Annual administration report of the Civil Veterinary Department of India - 1897-1898
Year: 1897
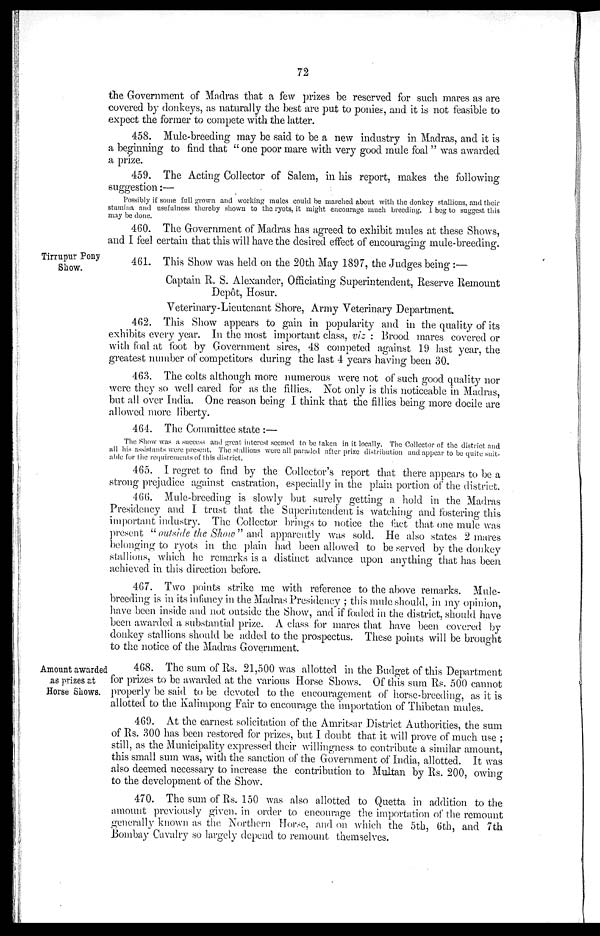
72
the Government of Madras that a few prizes be reserved for such mares as are
covered by donkeys, as naturally the best are put to ponies, and it is not feasible to
expect the former to compete with the latter.
458. Mule-breeding may be said to be a new industry in Madras, and it is
a beginning to find that "one poor mare with very good mule foal" was awarded
a prize.
459. The Acting Collector of Salem, in his report, makes the following
suggestion:—
Possibly if some full grown and working mules could be marched about with the donkey stallions, and their
-stamina and usefulness thereby shown to the ryots, it might encourage much breeding. 1 beg to suggest this
may be done.
460. The Government of Madras has agreed to exhibit mules at these Shows,
and I feel certain that this will have the desired effect of encouraging mule-breeding.
Tirrupur Pony
Show.
461. This Show was held on the 20th May 1897, the Judges being:—
Captain R. S. Alexander, Officiating Superintendent, Reserve Remount
Depôt, Hosur.
Veterinary-Lieutenant Shore, Army Veterinary Department.
462. This Show appears to gain in popularity and in the quality of its
exhibits every year. In the most important class, viz: Brood mares covered or
with foal at foot by Government sires, 48 competed against 19 last year, the
greatest number of competitors during the last 4 years having been 30.
463. The colts although more numerous were not of such good quality nor
were they so well cared for as the fillies. Not only is this noticeable in Madras,
but all over India. One reason being I think that the fillies being more docile are
allowed more liberty.
464. The Committee state:—
The Show was a success and great interest seemed to be taken in it locally. The Collector of the district and
all his assistants were present. The stallions were all paraded after prize distribution and appear to be quite suit-
able for the requirements of this district.
465. I regret to find by the Collector's report that there appears to be a
strong prejudice against castration, especially in the plain portion of the district.
466. Mule-breeding is slowly but surely getting a hold in the Madras
Presidency and I trust that the Superintendent is watching and fostering this
important industry. The Collector brings to notice the fact that one mule was
present "outside the Show" and apparently was sold. He also states 2 mares
belonging to ryots in the plain had been allowed to be served by the donkey
stallions, which he remarks is a distinct advance upon anything that has been
achieved in this direction before.
467. Two points strike me with reference to the above remarks. Mule-
breeding is in its infancy in the Madras Presidency; this mule should, in my opinion,
have been inside and not outside the Show, and if foaled in the district, should have
been awarded a substantial prize. A class for mares that have been covered by
donkey stallions should be added to the prospectus. These points will be brought
to the notice of the Madras Government.
Amount awarded
as prizes at
Horse Shows.
468. The sum of Rs. 21,500 was allotted in the Budget of this Department
for prizes to be awarded at the various Horse Shows. Of this sum Rs. 500 cannot
properly be said to be devoted to the encouragement of horse-breeding, as it is
allotted to the Kalimpong Fair to encourage the importation of Thibetan mules.
469. At the earnest solicitation of the Amritsar District Authorities, the sum
of Rs. 300 has been restored for prizes, but I doubt that it will prove of much use;
still, as the Municipality expressed their willingness to contribute a similar amount,
this small sum was, with the sanction of the Government of India, allotted. It was
also deemed necessary to increase the contribution to Multan by Rs. 200, owing
to the development of the Show.
470. The sum of Rs. 150 was also allotted to Quetta in addition to the
amount previously given in order to encourage the importation of the remount
generally known as the Northern Horse, and on which the 5th, 6th, and 7th
Bombay Cavalry so largely depend to remount themselves.